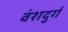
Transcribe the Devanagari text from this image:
वंशदुर्ग